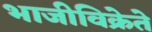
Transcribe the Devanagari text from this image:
भाजीविक्रेते